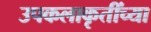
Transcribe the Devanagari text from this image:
उपकलाकृतींच्या